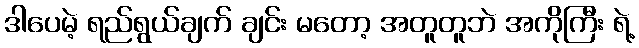
ဒါပေမဲ့ ရည်ရွယ်ချက် ချင်း မတော့ အတူတူဘဲ အကိုကြီး ရဲ့